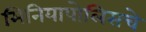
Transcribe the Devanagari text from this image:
मिनियापोलिसचे